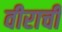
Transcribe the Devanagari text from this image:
वीराची